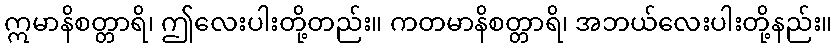
ဣမာနိစတ္တာရိ၊ ဤလေးပါးတို့တည်း။ ကတမာနိစတ္တာရိ၊ အဘယ်လေးပါးတို့နည်း။